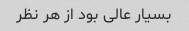
بسیار عالی بود از هر نظر